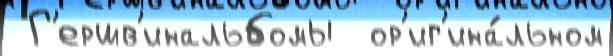
 Г'ершв'инальбомы  ор'иг'ина́льном